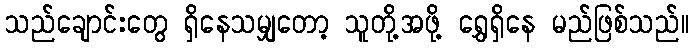
သည်ချောင်းတွေ ရှိနေသမျှတော့ သူတို့အဖို့ ရွှေရှိနေ မည်ဖြစ်သည်။